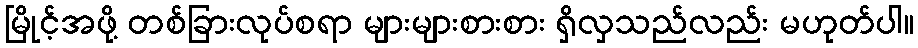
မြိုင့်အဖို့ တစ်ခြားလုပ်စရာ များများစားစား ရှိလှသည်လည်း မဟုတ်ပါ။